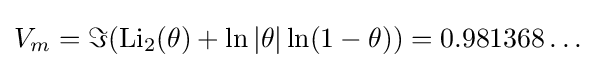
V_{m}=\Im ({\rm {{Li}_{2}(\theta )+\ln |\theta |\ln(1-\theta ))=0.981368\dots }}